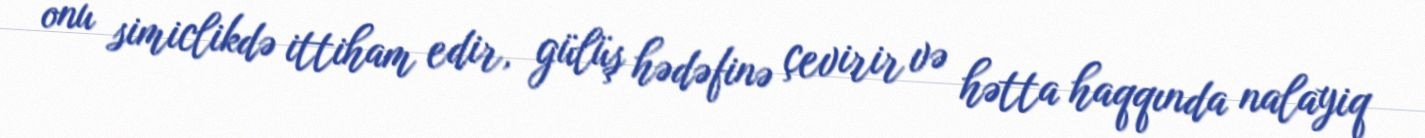
onu simiclikdə ittiham edir, gülüş hədəfinə çevirir və hətta haqqında nalayiq